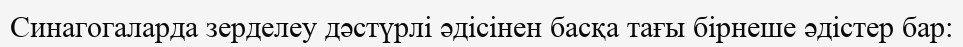
Синагогаларда зерделеу дәстүрлі әдісінен басқа тағы бірнеше әдістер бар: